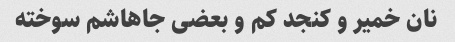
نان خمیر و کنجد کم و بعضی جاهاشم سوخته